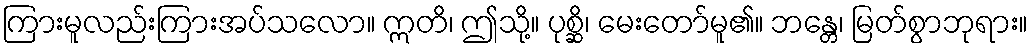
ကြားမူလည်းကြားအပ်သလော။ ဣတိ၊ ဤသို့။ ပုစ္ဆိ၊ မေးတော်မူ၏။ ဘန္တေ၊ မြတ်စွာဘုရား။